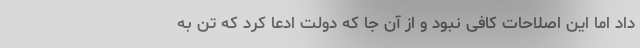
داد اما این اصلاحات کافی نبود و از آن جا که دولت ادعا کرد که تن به